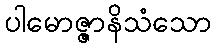
ပါမောဇ္ဇာနိသံသော